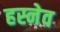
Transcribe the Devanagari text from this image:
हस्नेव